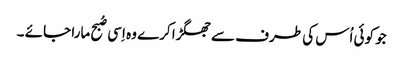
جو کوئی اُس کی طرف سے جھگڑا کرے وہ اِسی صُبح مارا جائے ۔